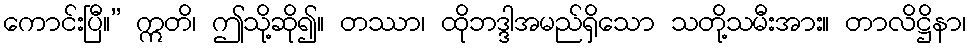
ကောင်းပြီ။” ဣတိ၊ ဤသို့ဆို၍။ တဿာ၊ ထိုဘဒ္ဒါအမည်ရှိသော သတို့သမီးအား။ တာလိဋ္ဌိနာ၊